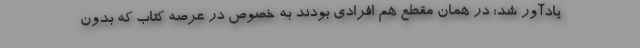
یادآور شد: در همان مقطع هم افرادی بودند به خصوص در عرصه کتاب که بدون